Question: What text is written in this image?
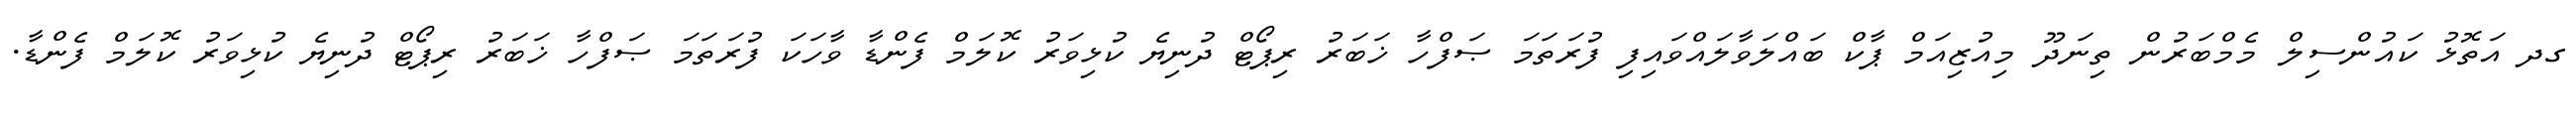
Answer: ގދ އަތޮޅު ކައުންސިލް މެމްބަރުން ތިނަދޫ މިއުޒިއަމް ޕާކް ބައްލަވާލައްވައިފި ފުރަތަމަ ޞަފްހާ ޚަބަރު ރިޕޯޓް ދުނިޔެ ކުޅިވަރު ކޮލަމް ފެންޑާ ވާހަކަ ފުރަތަމަ ޞަފްހާ ޚަބަރު ރިޕޯޓް ދުނިޔެ ކުޅިވަރު ކޮލަމް ފެންޑާ.